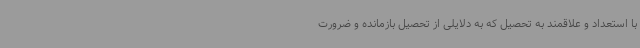
با استعداد و علاقمند به تحصیل که به دلایلی از تحصیل بازمانده و ضرورت